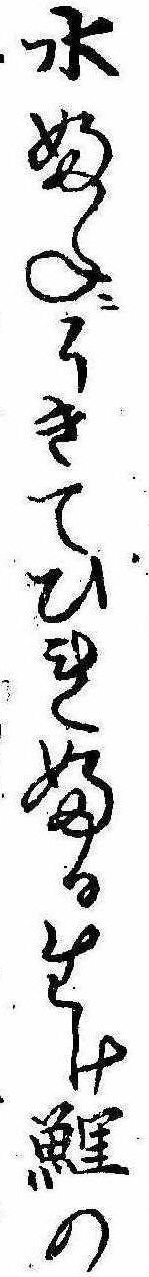
水ふねにうきてひれふる生け鯉の